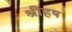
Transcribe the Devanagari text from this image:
श्रीहष